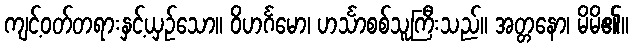
ကျင့်ဝတ်တရားနှင့်ယှဉ်သော။ ဝိဟင်္ဂမော၊ ဟင်္သာစစ်သူကြီးသည်။ အတ္တနော၊ မိမိ၏။